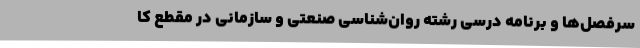
سرفصل‌ها و برنامه درسی رشته روان‌شناسی صنعتی و سازمانی در مقطع کا